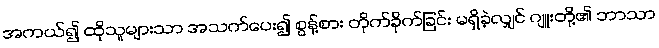
အကယ်၍ ထိုသူများသာ အသက်ပေး၍ စွန့်စား တိုက်ခိုက်ခြင်း မရှိခဲ့လျှင် ဂျူးတို့၏ ဘာသာ